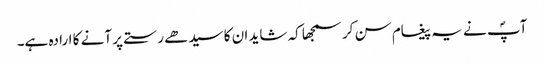
آپؐ نے یہ پیغام سن کر سمجھا کہ شاید ان کا سیدھے رستے پر آنے کا ارادہ ہے۔